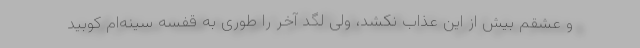
و عشقم بیش از این عذاب نکشد، ولی لگد آخر را طوری به قفسه سینه‌ام کوبید